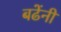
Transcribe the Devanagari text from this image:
बढेंनी